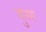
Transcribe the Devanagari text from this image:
मुनरा